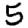
Digit: 5